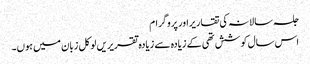
جلسہ سالانہ کی تقاریراور پروگرام
اس سال کوشش تھی کے زیادہ سے زیادہ تقریریں لوکل زبان میں ہوں۔